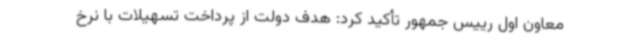
معاون اول رییس جمهور تأکید کرد: ‌هدف دولت از پرداخت تسهیلات با نرخ